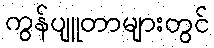
ကွန်ပျူတာများတွင်